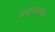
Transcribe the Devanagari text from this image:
अपानजनक